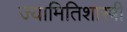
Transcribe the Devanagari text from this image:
ज्यामितिशास्त्री